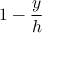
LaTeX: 1 - { \frac { y } { h } }